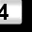
Digit: 4